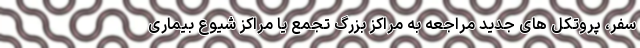
سفر، پروتکل های جدید مراجعه به مراکز بزرگ تجمع یا مراکز شیوع بیماری